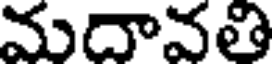
మదావతి